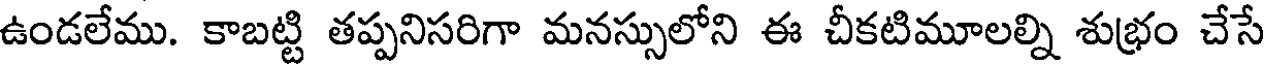
ఉండలేము. కాబట్టి తప్పనిసరిగా మనస్సులోని ఈ చీకటిమూలల్ని శుభ్రం చేసే